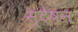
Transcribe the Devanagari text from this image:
स्टेषन